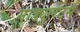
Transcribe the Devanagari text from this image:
माड्युलेटर्स